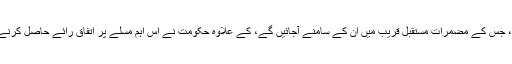
پارلیمنٹ میں خواجہ آصف کی جذباتی تقریر ، جس کے مضمرات مستقبل قریب میں ان کے سامنے آجائیں گے، کے علاوہ حکومت نے اس اہم مسلے پر اتفاقِ رائے حاصل کرنے کے لیے کسی مکالمے کی زحمت نہیں کی۔